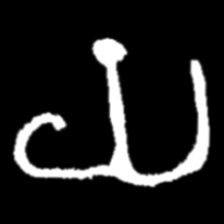
Pyu character \u2014 Myanmar letter: ယ (romanized: ya)